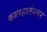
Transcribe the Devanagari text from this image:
कालहस्तीश्वर